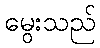
မွေးသည်